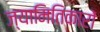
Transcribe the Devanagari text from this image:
ज्यामितिकारों